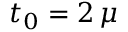
t _ { 0 } = 2 \, \mu